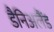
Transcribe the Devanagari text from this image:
डैनिअलैंड